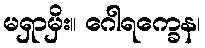
မရှာမှိး။ ဂေါရက္ခေန၊